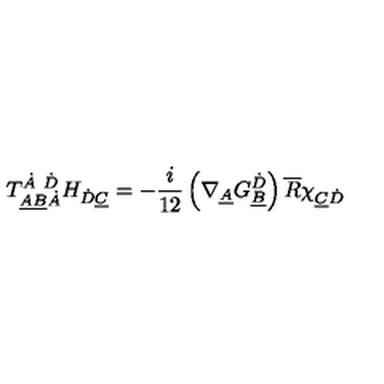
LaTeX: T _ { \underline { { A } } \underline { { B } } \dot { A } } ^ { \dot { A } \ \dot { D } } H _ { \dot { D } \underline { { C } } } = - \frac { i } { 1 2 } \left( \nabla _ { \underline { { A } } } G _ { \underline { { B } } } ^ { \dot { D } } \right) \overline { { R } } \chi _ { \underline { { C } } \dot { D } }